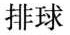
排球